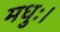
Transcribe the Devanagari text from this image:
मधुः।